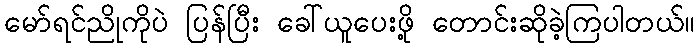
မော်ရင်ညိုကိုပဲ ပြန်ပြီး ခေါ်ယူပေးဖို့ တောင်းဆိုခဲ့ကြပါတယ်။